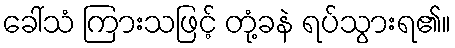
ခေါ်သံ ကြားသဖြင့် တုံ့ခနဲ ရပ်သွားရ၏။